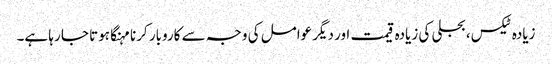
زیادہ ٹیکس، بجلی کی زیادہ قیمت اور دیگر عوامل کی وجہ سے کاروبار کرنا مہنگا ہوتا جا رہا ہے۔